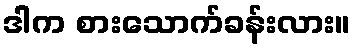
ဒါက စားသောက်ခန်းလား။